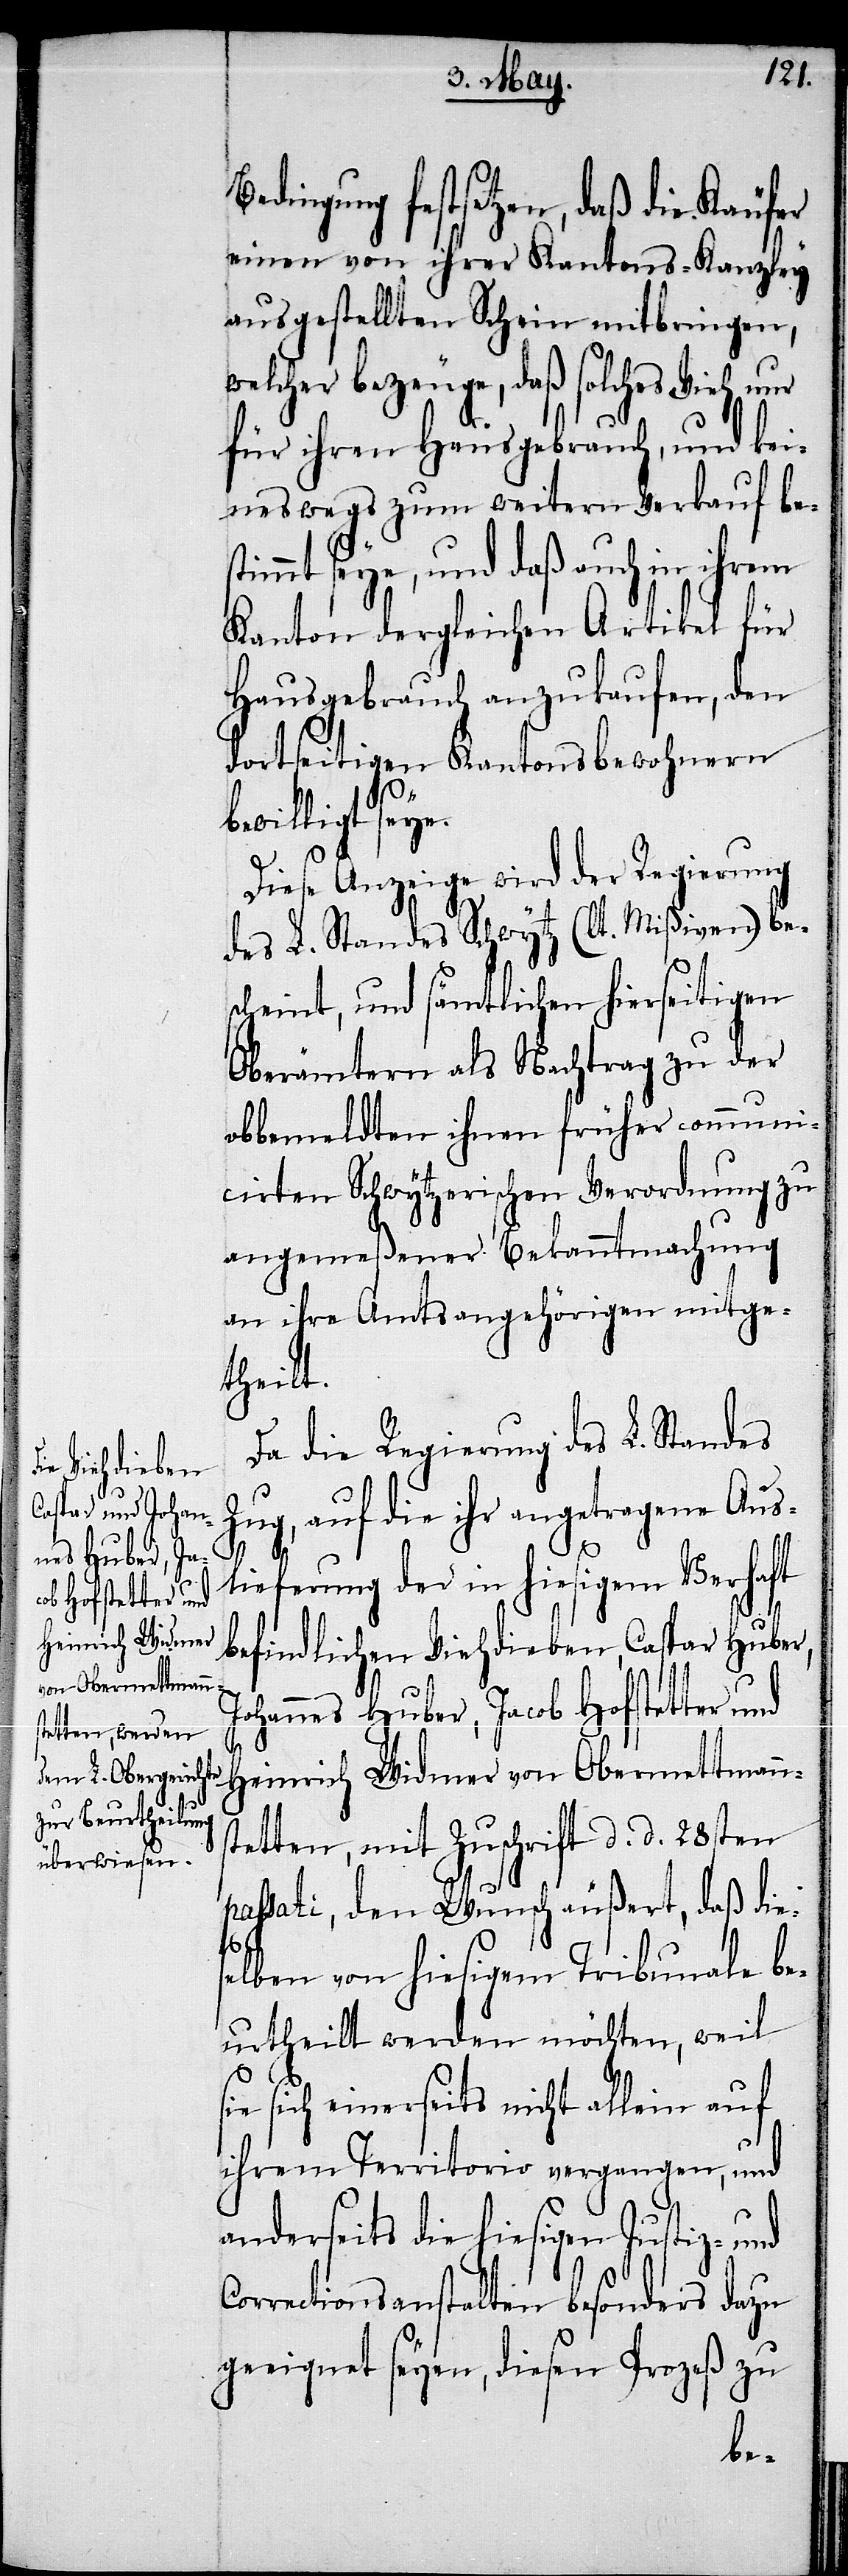
dingung festsetzen, daß die Käufer
einen von ihrer Kantons-Kanzley
ausgestellten Schein mitbringen,
welcher bezeuge, daß solches Vieh nur
für ihren Hausgebrauch, und kei¬
neswegs zum weitern Verkauf bes¬
timmt seye, und daß auch in ihrem
Kanton dergleichen Artikel für
Hausgebrauch anzukaufen, den
dortseitigen Kantonsbewohnern
willigt seye.
Diese Anzeige wird der Regierung
des L. Standes Schwytz (lt. Mißiven) be¬
scheint, und sämtlichen hierseitigen
Oberämtern als Nachtrag zu der
obbemeldten ihnen früher communi¬
cirten Schwytzerischen Verordnung zu
angemeßener Bekanntmachung
an ihre Amtsangehörigen mitge¬
theilt.
Da die Regierung des L. Standes
Zug, auf die ihr angetragene Ausl¬
s¬
ieferung der in hiesigem Verhaft
befindlichen Viehdieben, Caspar Huber,
ohannes Huber, Jacob Hofstetter und
Heinrich Widmer von Obermettman¬
tetten, mit Zuschrift d. d. 28sten
passati, den Wunsch äußert, daß die¬
selben von hiesigem Tribunale be¬
urtheilt werden möchten, weil
ie sich einerseits nicht allein auf
ihrem Territorio vergangen, und
anderseits die hiesigen Justiz- und
Correctionsangestellten besonders dazu
geeignet seyen, diesen Prozeß zu
be¬